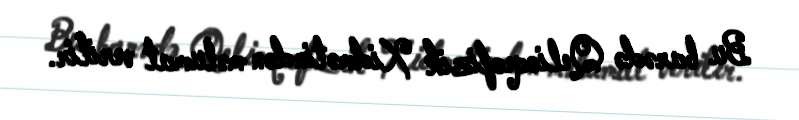
Bu barədə Qelioqeofizik Xidmətindən məlumat verilir.